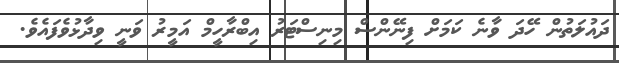
ދައުލަތުން ހޭދަ ވާނެ ކަމަށް ފިނޭންސް މިނިސްޓަރު އިބްރާހީމް އަމީރު ވަނީ ވިދާޅުވެފައެވެ.